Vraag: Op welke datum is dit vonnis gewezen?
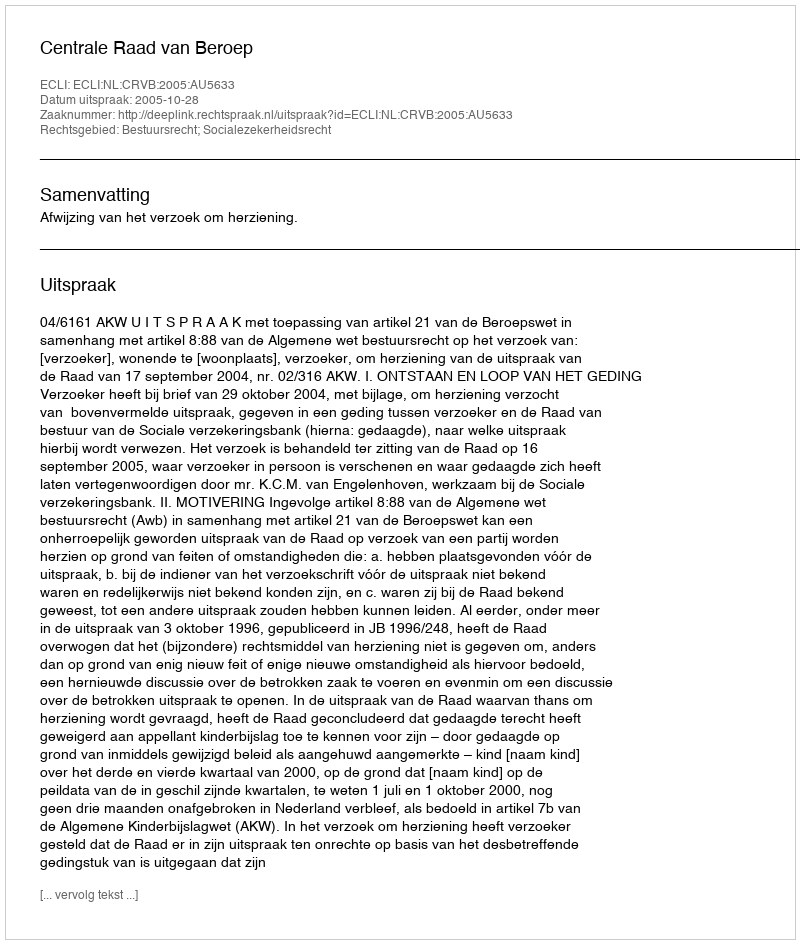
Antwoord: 2005-10-28